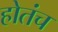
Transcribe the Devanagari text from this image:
होतंच